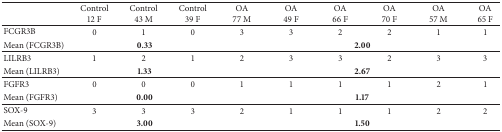
|  | Control 12 F | Control 43 M | Control39 F | OA 77 M | OA 49 F | OA 66 F | OA 70 F | OA 57 M | OA 65 F |
 | --- | --- | --- | --- | --- | --- | --- | --- | --- | --- |
 | FCGR3B | 0 | 1 | 0 | 3 | 3 | 2 | 2 | 1 | 1 |
 | Mean (FCGR3B) | <COLSPAN=3> 0.33 | <COLSPAN=6> 2.00 |
 | LILRB3 | 1 | 2 | 1 | 2 | 3 | 3 | 2 | 3 | 3 |
 | Mean (LILRB3) | <COLSPAN=3> 1.33 | <COLSPAN=6> 2.67 |
 | FGFR3 | 0 | 0 | 0 | 1 | 1 | 1 | 1 | 2 | 1 |
 | Mean (FGFR3) | <COLSPAN=3> 0.00 | <COLSPAN=6> 1.17 |
 | SOX-9 | 3 | 3 | 3 | 2 | 1 | 1 | 1 | 2 | 2 |
 | Mean (SOX-9) | <COLSPAN=3> 3.00 | <COLSPAN=6> 1.50 |